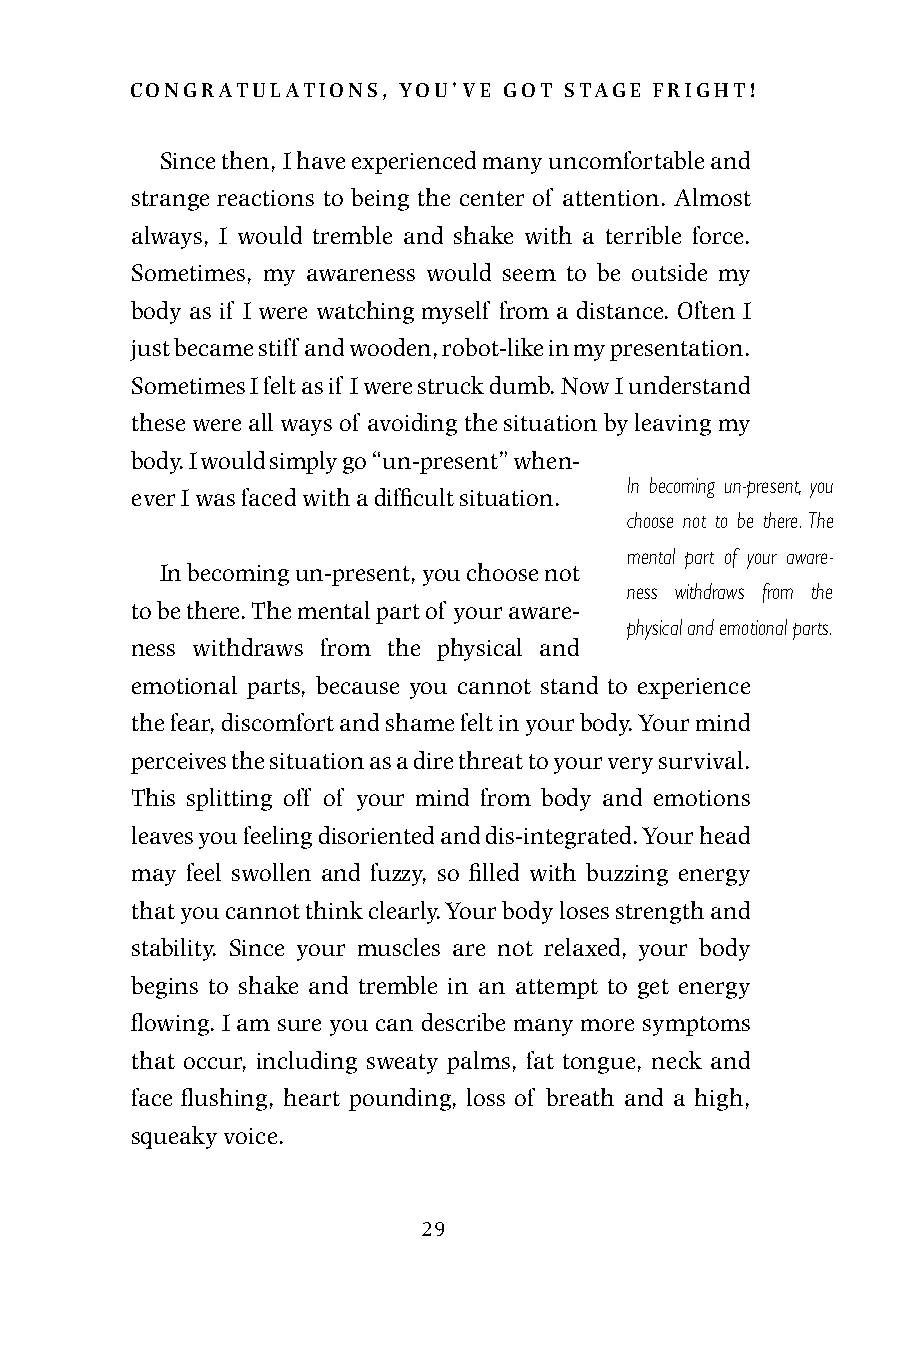
congratulations, you’ve got stage fright!
 Since then, I have experienced many uncomfortable and
 strange reactions to being the center of attention. Almost
 always, I would tremble and shake with a terrible force.
 Sometimes, my awareness would seem to be outside my
 body as if I were watching myself from a distance. Often I
 just became stiff and wooden, robot-like in my presentation.
 Sometimes I felt as if I were struck dumb. Now I understand
 these were all ways of avoiding the situation by leaving my
 body. I would simply go “un-present” when-
 In becoming un-present, you
 ever I was faced with a difficult situation.
 choose not to be there. The
 mental part of your aware-
 In becoming un-present, you choose not
 ness withdraws from the
 to be there. The mental part of your aware-
 physical and emotional parts.
 ness withdraws from the physical and
 emotional parts, because you cannot stand to experience
 the fear, discomfort and shame felt in your body. Your mind
 perceives the situation as a dire threat to your very survival.
 This splitting off of your mind from body and emotions
 leaves you feeling disoriented and dis-integrated. Your head
 may feel swollen and fuzzy, so filled with buzzing energy
 that you cannot think clearly. Your body loses strength and
 stability. Since your muscles are not relaxed, your body
 begins to shake and tremble in an attempt to get energy
 flowing. I am sure you can describe many more symptoms
 that occur, including sweaty palms, fat tongue, neck and
 face flushing, heart pounding, loss of breath and a high,
 squeaky voice.
 29